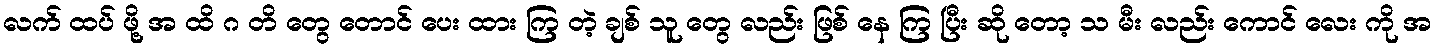
လက် ထပ် ဖို့ အ ထိ ဂ တိ တွေ တောင် ပေး ထား ကြ တဲ့ ချစ် သူ တွေ လည်း ဖြစ် နေ ကြ ပြီး ဆို တော့ သ မီး လည်း ကောင် လေး ကို အ